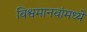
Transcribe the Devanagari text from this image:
विश्वमानवांमध्ये